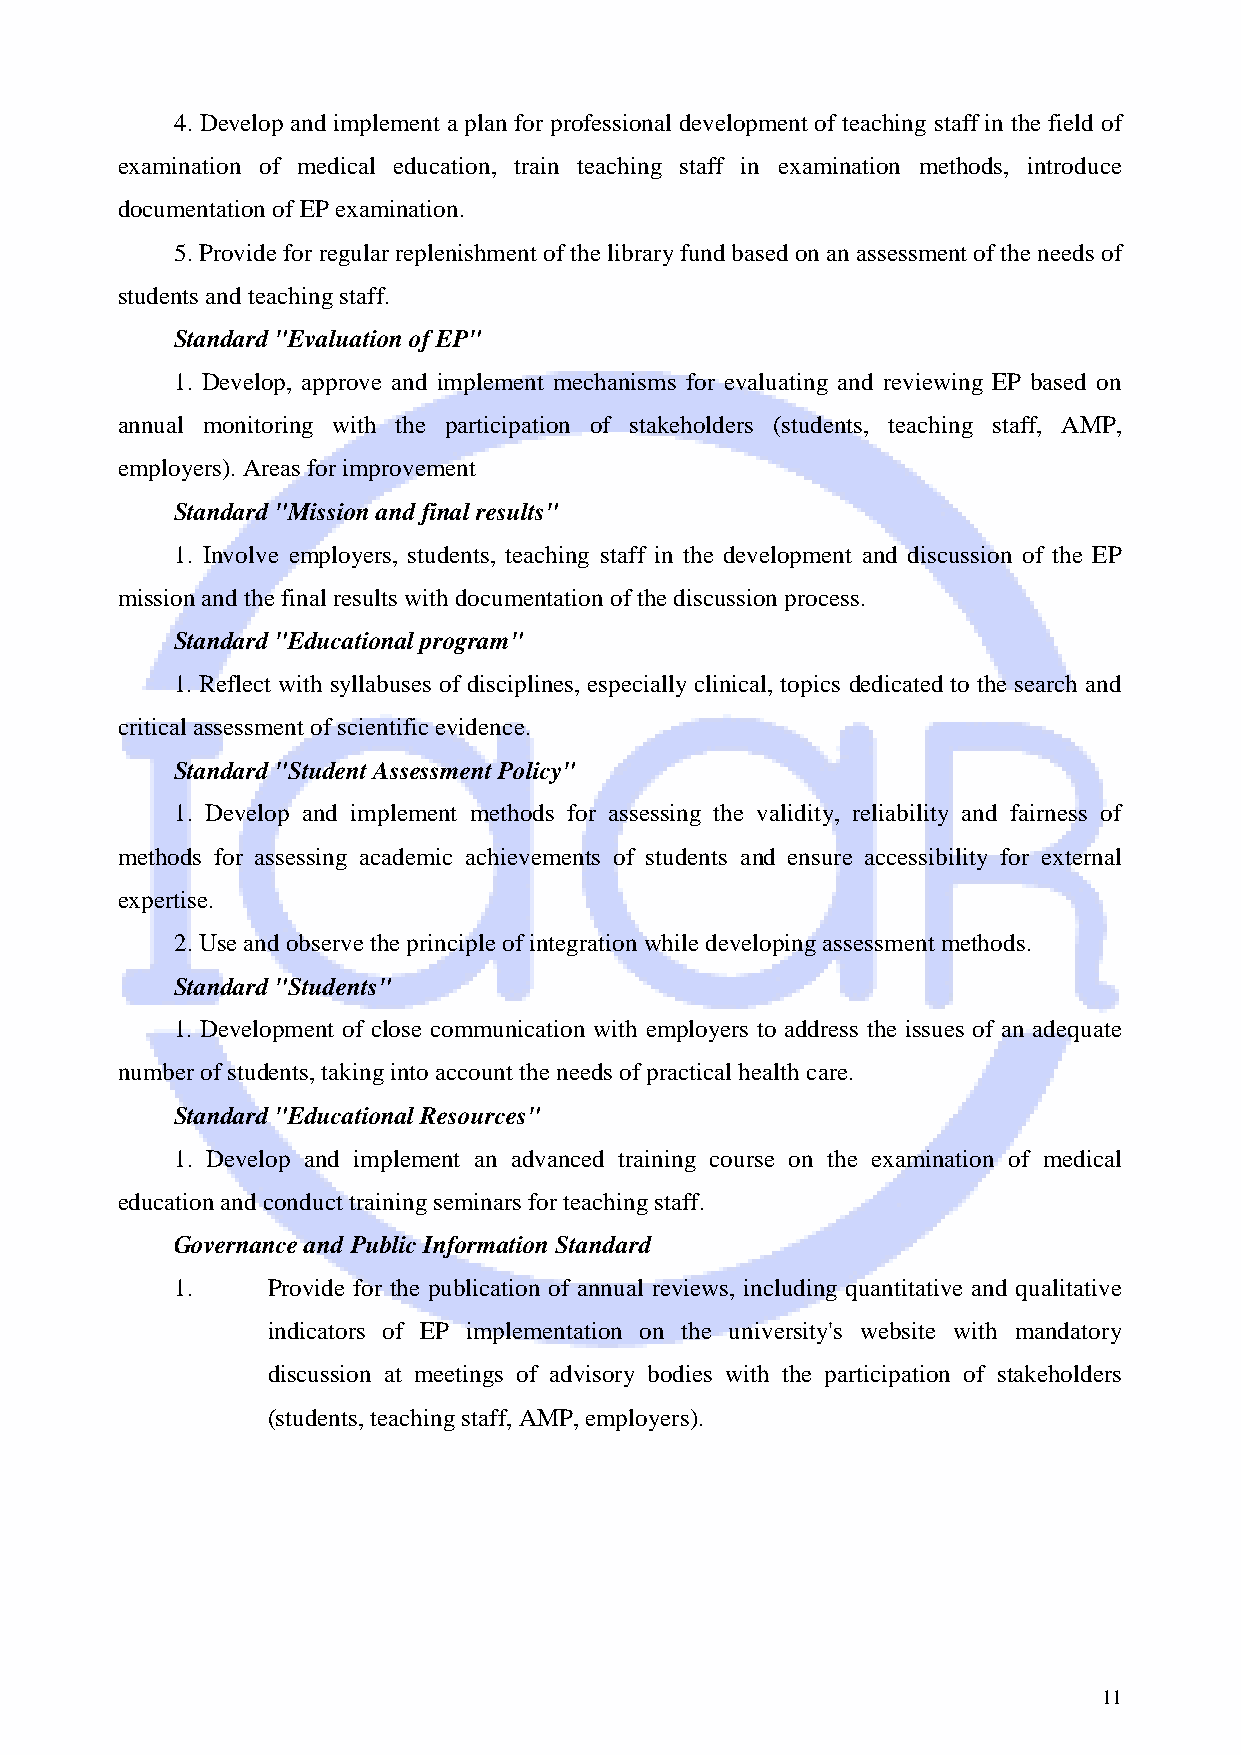
4. Develop and implement a plan for professional development of teaching staff in the field of
 examination of medical education, train teaching staff in examination methods, introduce
 documentation of EP examination.
 5. Provide for regular replenishment of the library fund based on an assessment of the needs of
 students and teaching staff.
 Standard "Evaluation of EP"
 1. Develop, approve and implement mechanisms for evaluating and reviewing EP based on
 annual monitoring with the participation of stakeholders (students, teaching staff, AMP,
 employers). Areas for improvement
 Standard "Mission and final results"
 1. Involve employers, students, teaching staff in the development and discussion of the EP
 mission and the final results with documentation of the discussion process.
 Standard "Educational program"
 1. Reflect with syllabuses of disciplines, especially clinical, topics dedicated to the search and
 critical assessment of scientific evidence.
 Standard "Student Assessment Policy"
 1. Develop and implement methods for assessing the validity, reliability and fairness of
 methods for assessing academic achievements of students and ensure accessibility for external
 expertise.
 2. Use and observe the principle of integration while developing assessment methods.
 Standard "Students"
 1. Development of close communication with employers to address the issues of an adequate
 number of students, taking into account the needs of practical health care.
 Standard "Educational Resources"
 1. Develop and implement an advanced training course on the examination of medical
 education and conduct training seminars for teaching staff.
 Governance and Public Information Standard
 1.    Provide for the publication of annual reviews, including quantitative and qualitative
 indicators of EP implementation on the university's website with mandatory
 discussion at meetings of advisory bodies with the participation of stakeholders
 (students, teaching staff, AMP, employers).
 11